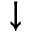
\downarrow